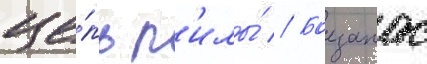
це́пь п'илы́ // Боезапас